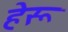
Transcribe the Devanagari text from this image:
हेरू